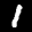
Label: 1